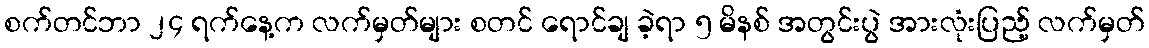
စက်တင်ဘာ ၂၄ ရက်နေ့က လက်မှတ်များ စတင် ရောင်ချ ခဲ့ရာ ၅ မိနစ် အတွင်းပွဲ အားလုံးပြည့် လက်မှတ်